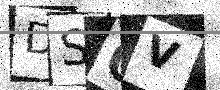
Text: DS0V